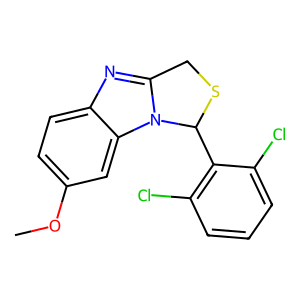
SMILES: COc1ccc2nc3n(c2c1)C(c1c(Cl)cccc1Cl)SC3
Inhibits HIV replication: No